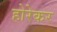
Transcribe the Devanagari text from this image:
होरेकर